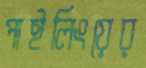
পাইলিংয়ের